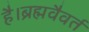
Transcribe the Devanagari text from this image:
है।ब्रह्मवैवर्त